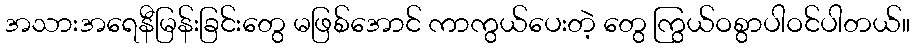
အသားအရေနီမြန်းခြင်းတွေ မဖြစ်အောင် ကာကွယ်ပေးတဲ့ တွေ ကြွယ်ဝစွာပါဝင်ပါတယ်။